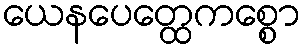
ယေနပေတ္ထေကစ္စော